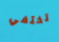
تختفي